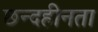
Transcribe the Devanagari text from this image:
छन्दहीनता